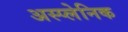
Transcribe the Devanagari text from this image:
अस्प्लेनिक